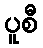
ပူစီ